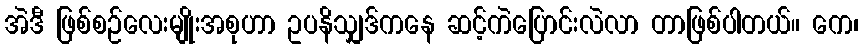
အဲဒီ ဖြစ်စဉ်လေးမျိုးအစုဟာ ဥပနိသျှဒ်ကနေ ဆင့်ကဲပြောင်းလဲလာ တာဖြစ်ပါတယ်။ ကေ၊